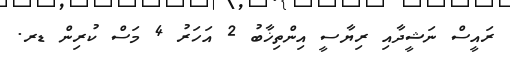
ރައީސް ނަޝީދާއި ރިޔާސީ އިންތިޚާބު 2 އަހަރު 4 މަސް ކުރިން ޑރ.